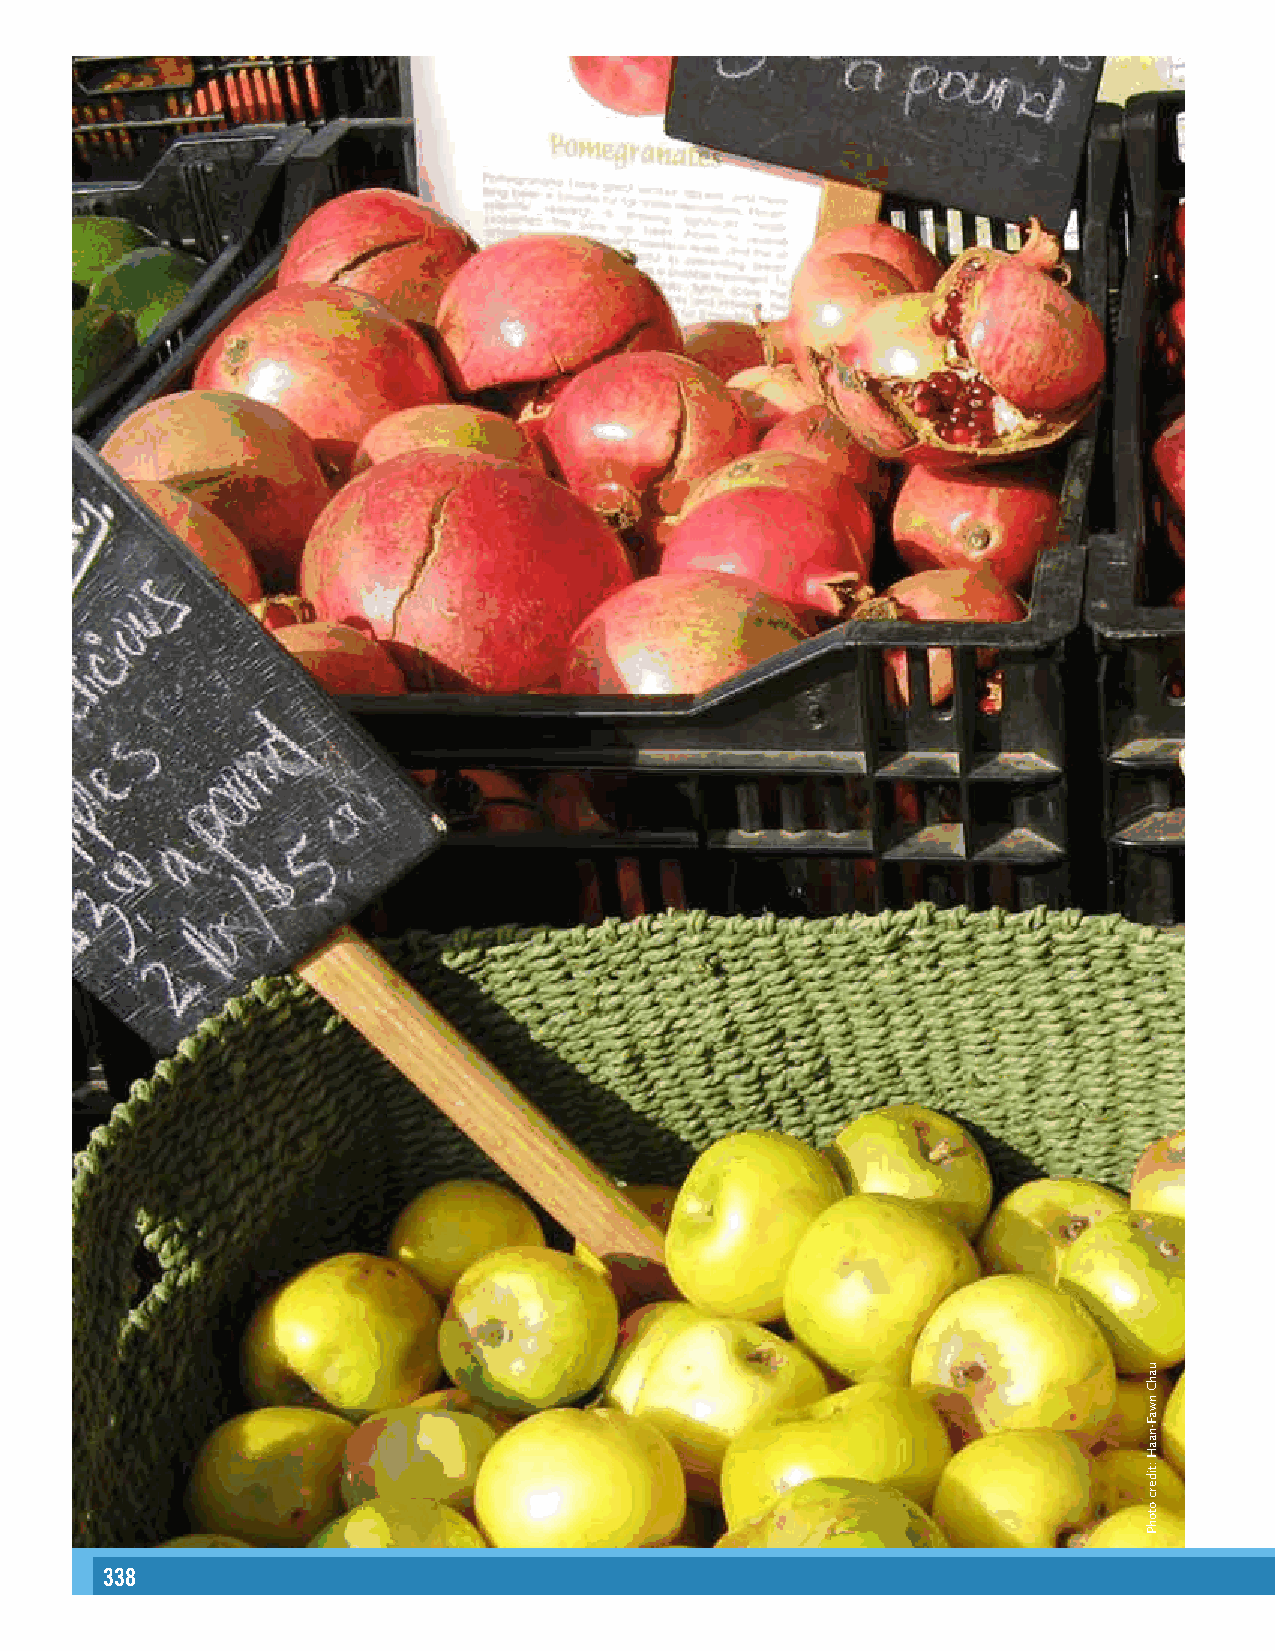
14
 338                                                                                                                                                      339
 uahC
 nwaF-naaH
 :tiderc
 otohP